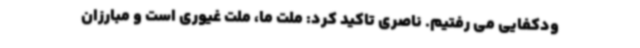
ودکفایی می رفتیم. ناصری تاکید کرد: ملت ما، ملت غیوری است و مبارزان